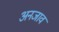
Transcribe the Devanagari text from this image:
अनजाव